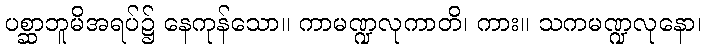
ပစ္ဆာဘူမိအရပ်၌ နေကုန်သော။ ကာမဏ္ဍလုကာတိ၊ ကား။ သကမဏ္ဍလုနော၊